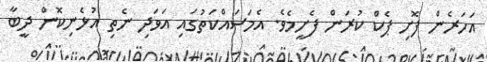
އަހަރެން ފޮށި ޕެކް ކުރަން ފެށީމެވެ. އެމަސައްކަތުގައި އަވަދި ނެތި އުޅެނިކޮން ދީބާ